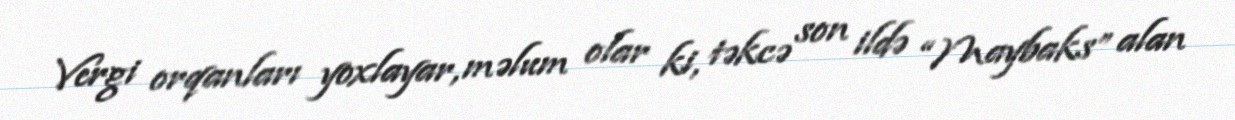
Vergi orqanları yoxlayar, məlum olar ki, təkcə son ildə “Maybaks” alan